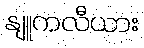
နျူကလီယား